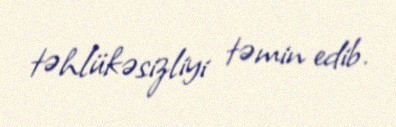
təhlükəsizliyi təmin edib.